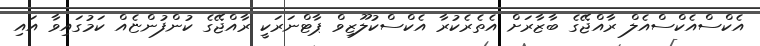
އެކްސްއެކްސްއެލް ރާއްޖޭގެ ބާޒާރަށް އެތެރެކުރާ އެކްސްކުލޫޒިވް ޕާޓްނަރަކީ ރާއްޖޭގެ ކުންފުންޏެއް ކަމުގައިވާ އައި